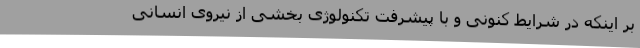
بر اینکه در شرایط کنونی و با پیشرفت تکنولوژی بخشی از نیروی انسانی